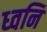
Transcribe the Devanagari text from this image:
ध्‍वनि